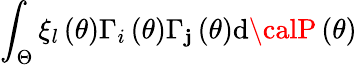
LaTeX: \int_{\Theta}\xi_{l}\left(\theta\right)\Gamma_{i}\left(\theta\right)\Gamma_{\mathbf{j}}\left(\theta\right)\mathrm{{d}}{\calP}\left(\theta\right)